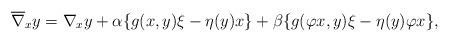
LaTeX: \begin{align*}\overline{\nabla}_xy=\nabla_xy+\alpha\{g(x,y)\xi-\eta(y)x\}+\beta\{g(\varphi x,y)\xi-\eta(y)\varphi x\},\end{align*}